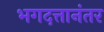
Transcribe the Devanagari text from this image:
भगदत्तानंतर